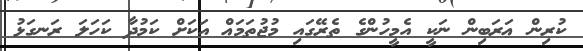
ކުރިން ޢަރަބިން ނަކީ އެމީހުންގެ ތެރޭގައި މުޖުތަމަޢް އަކަށް ކަމުދާ ކަހަލަ ރަނގަޅު